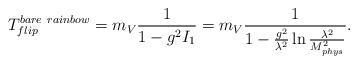
LaTeX: \begin{align*}T_{flip}^{bare \ rainbow}=m_V\frac{1}{1-g^2 I_1} =m_V\frac{1}{1-\frac{g^2}{ \lambda^2}\ln \frac{\lambda^2}{M^2_{phys}}}.\end{align*}